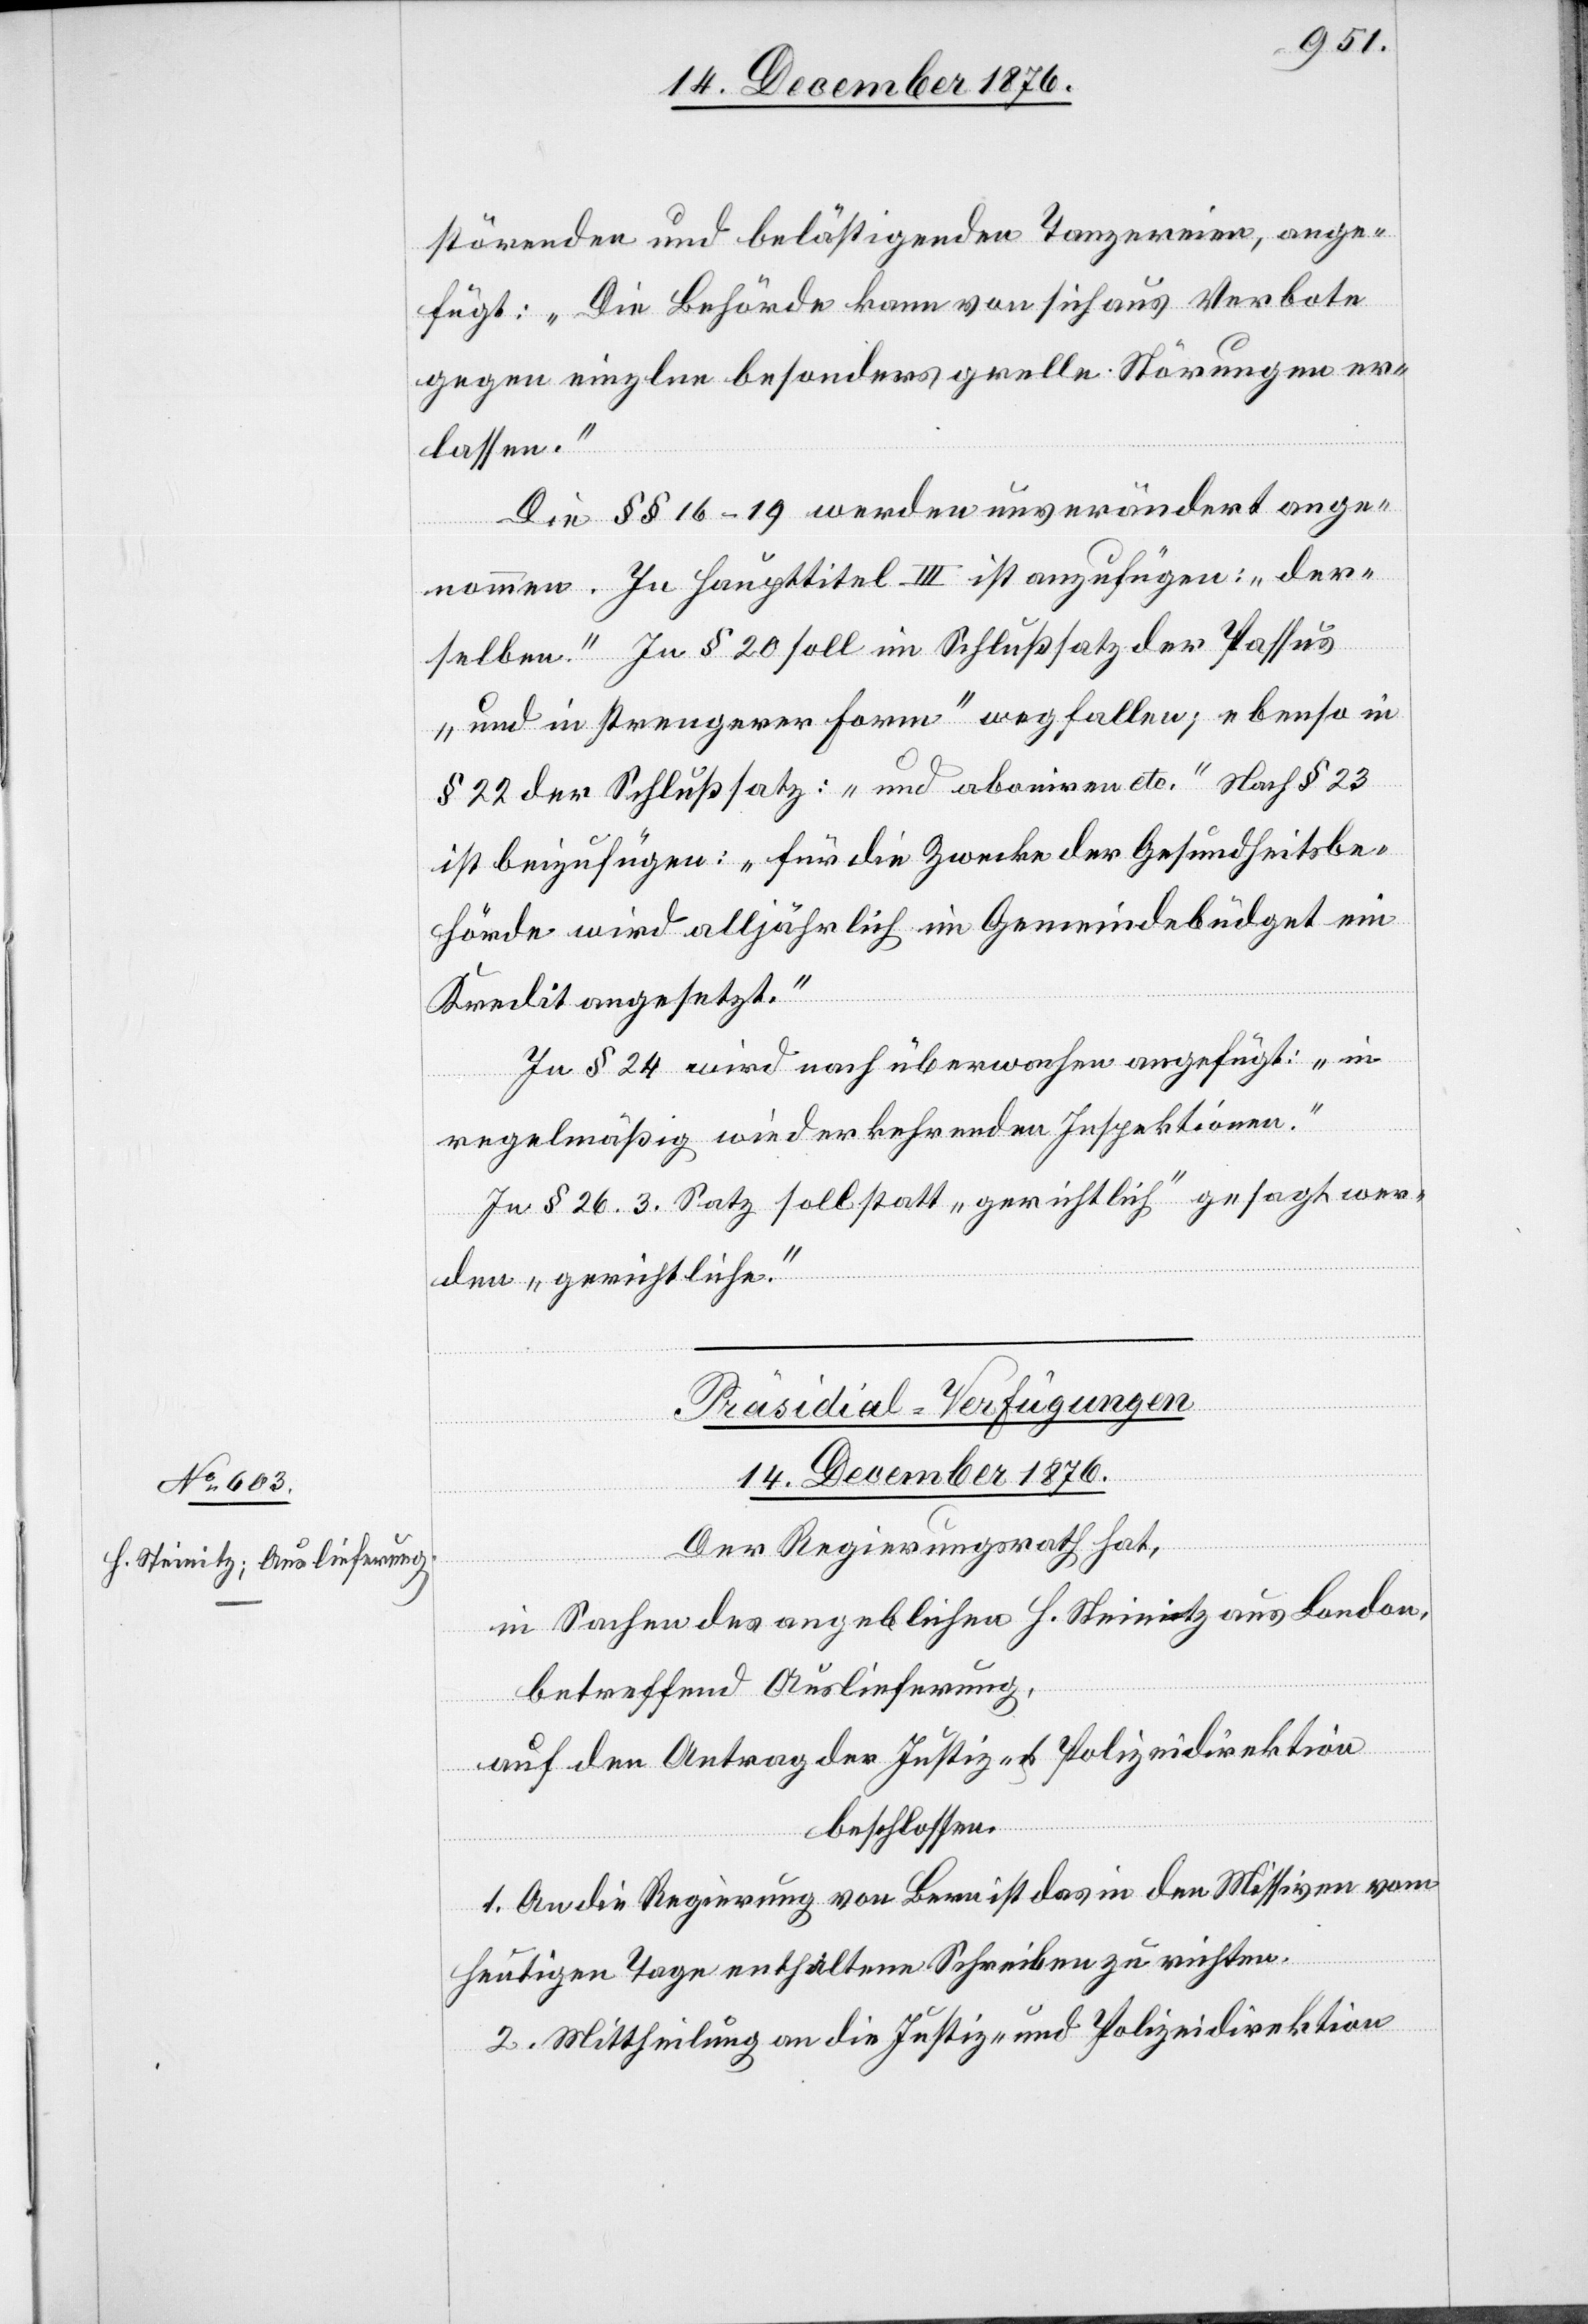
störenden und belästigenden Tanzereien, ange¬
fügt: „Die Behörde kann von sich aus Verbote
gegen einzelne besonders grelle Störungen er¬
lassen.“
Die §§ 16–19 werden unverändert ange¬
nommen. In Haupttitel III ist anzufügen: „der¬
selben.“ In § 20 soll im Schlußsatz der Passus
„und in strengerer Form“ wegfallen; ebenso in
§ 22 der Schlußsatz: „und aboniren etc.“ Nach § 23
ist beizufügen: „für die Zwecke der Gesundheitsbe¬
hörde wird alljährlich im Gemeindebüdget ein
Kredit angesetzt.“
In § 24 wird nach überwachen angefügt: „in
regelmäßig wiederkehrenden Inspektionen.“
In § 26. 3. Satz soll statt „gerichtlich“ gesagt wer¬
den „gerichtliche.“
Präsidial-Verfügungen
14. December 1876.
Der Regierungsrath hat,
in Sachen des angeblichen H. Steinitz aus London,
betreffend Auslieferung,
auf den Antrag der Justiz- & Polizeidirektion
beschlossen:
1. An die Regierung von Bern ist das in den Missiven vom
heutigen Tage enthaltene Schreiben zu richten.
2. Mittheilung an die Justiz- und Polizeidirektion